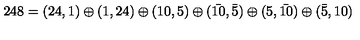
2 4 8 = ( 2 4 , 1 ) \oplus ( 1 , 2 4 ) \oplus ( 1 0 , 5 ) \oplus ( \bar { 1 0 } , \bar { 5 } ) \oplus ( 5 , \bar { 1 0 } ) \oplus ( \bar { 5 } , 1 0 )